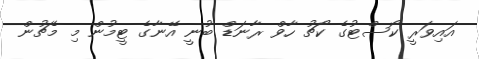
އައިވަރީ ކޯސްޓުގެ ކޯޗު ހާވް ރާނަޑް ބުނީ އޭނާގެ ޓީމުން މި މެޗުން